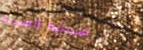
صيدلية المدينة